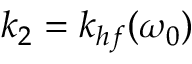
k _ { 2 } = k _ { h f } ( \omega _ { 0 } )